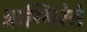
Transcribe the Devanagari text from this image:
ऋग्भिरेतं